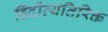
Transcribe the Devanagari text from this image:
हिंदीव्यतिरिक्त